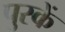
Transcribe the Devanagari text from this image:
पुस्कें